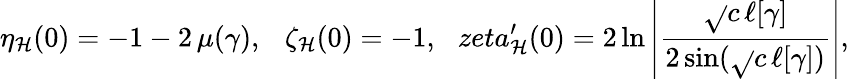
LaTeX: \eta_{\mathcal{H}}(0)=-1-2\, \mu(\gamma),\ \ \ \zeta_{\mathcal{H}}(0)=-1,\ \ \, zeta_{\mathcal{H}}^{\prime}(0)=2\ln\left|\frac{{\sqrt{}{{c}}\, \ell[\gamma]}}{{2\sin(\sqrt{}{{c}}\, \ell[\gamma])}}\right|,